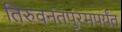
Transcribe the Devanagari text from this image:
तिरुवनंतपुरमपर्यंत